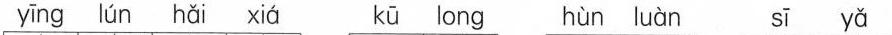
ying lun hai xia ku long hun luan si ya